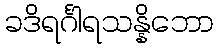
ခဒိရင်္ဂါရသန္နိဘော